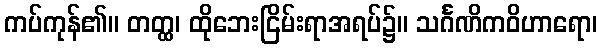
ကပ်ကုန်၏။ တတ္ထ၊ ထိုဘေးငြိမ်းရာအရပ်၌။ သင်္ဂဏိကဝိဟာရော၊